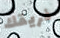
فريقك